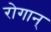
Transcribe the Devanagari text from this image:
रोगान्